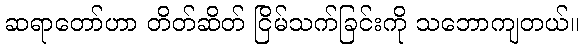
ဆရာတော်ဟာ တိတ်ဆိတ် ငြိမ်သက်ခြင်းကို သဘောကျတယ်။